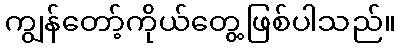
ကျွန်တော့်ကိုယ်တွေ့ဖြစ်ပါသည်။